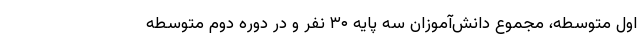
اول متوسطه، مجموع دانش‌آموزان سه پایه ۳۰ نفر و در دوره دوم متوسطه